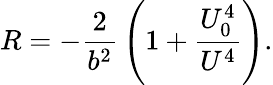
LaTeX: R=-{\frac{2}{b^{2}}}\left(1+{\frac{U_{0}^{4}}{U^{4}}}\right).